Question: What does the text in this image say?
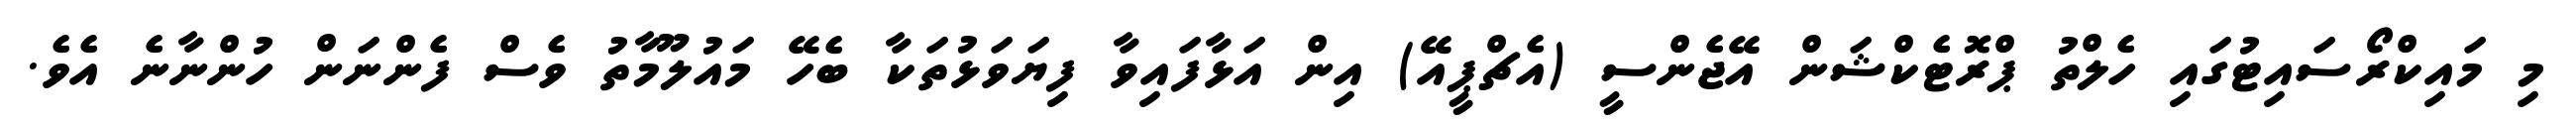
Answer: މި މައިކްރޯސައިޓުގައި ހެލްތު ޕްރޮޓެކްޝަން އޭޖެންސީ (އެޗްޕީއޭ) އިން އަޅާފައިވާ ފިޔަވަޅުތަކާ ބެހޭ މައުލޫމާތު ވެސް ފެންނަން ހުންނާނެ އެވެ.